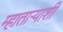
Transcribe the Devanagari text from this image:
म्हाताऱ्याशी